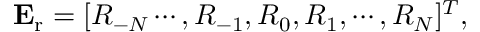
\mathbf { E } _ { \mathrm { r } } = [ R _ { - N } \cdots , R _ { - 1 } , R _ { 0 } , R _ { 1 } , \cdots , R _ { N } ] ^ { T } ,